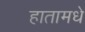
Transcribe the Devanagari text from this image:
हातामधे